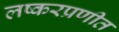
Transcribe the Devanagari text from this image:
लष्करप्रणीत